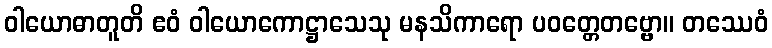
ဝါယောဓာတူတိ ဧဝံ ဝါယောကောဋ္ဌာသေသု မနသိကာရော ပဝတ္တေတဗ္ဗော။ တဿေဝံ